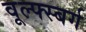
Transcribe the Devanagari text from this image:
वूल्फ्स्बर्ग